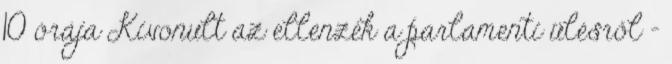
10 órája Kivonult az ellenzék a parlamenti ülésről -